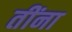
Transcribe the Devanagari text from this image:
तींना